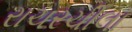
રાચરચીલા